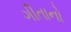
ગીતાનો